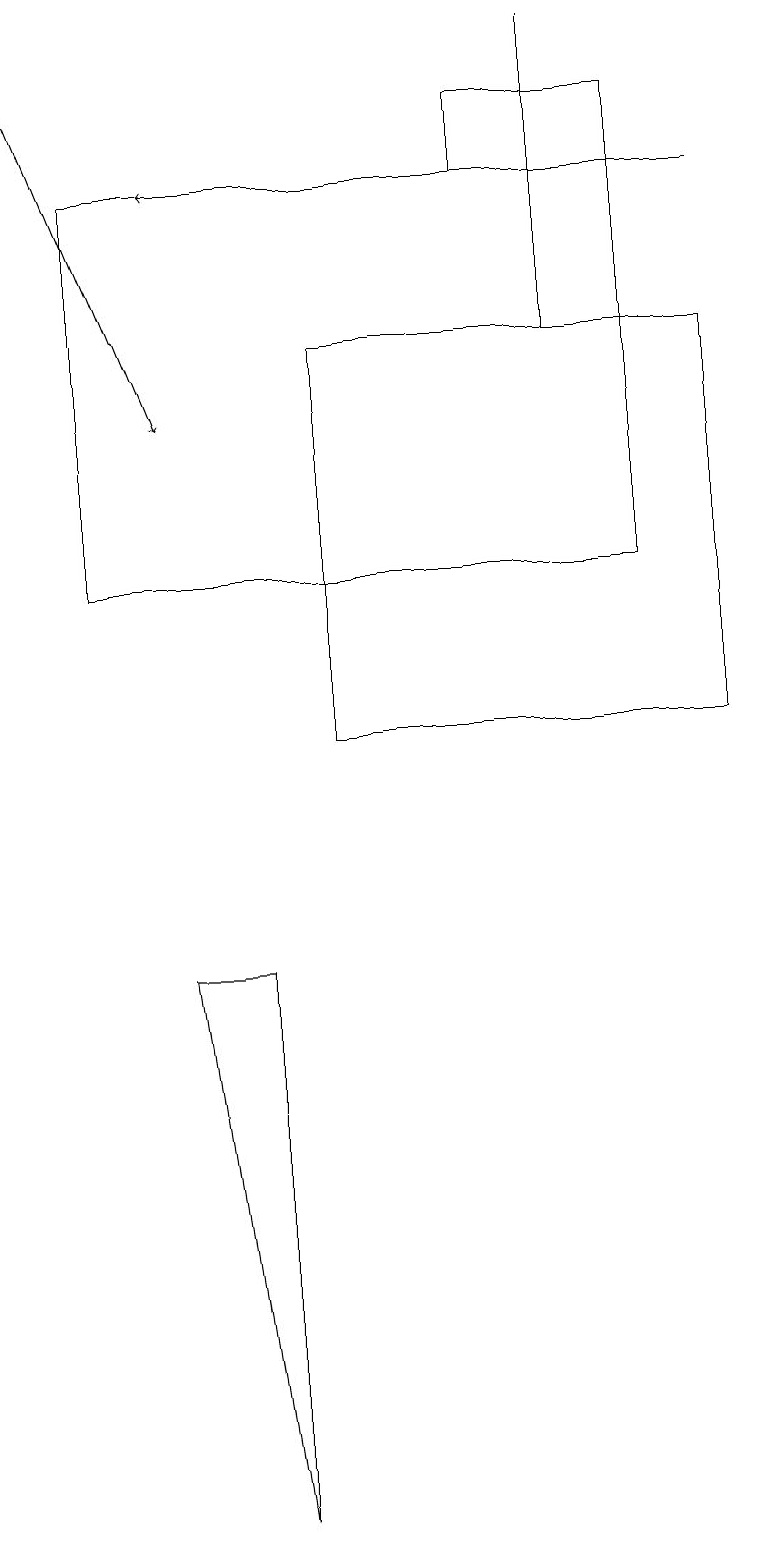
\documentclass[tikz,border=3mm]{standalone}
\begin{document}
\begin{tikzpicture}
\draw (9,10) rectangle (4,15);
\draw (7,15) rectangle (7,19);
\draw (1,12) rectangle (8,17);
\draw[->] (9,17) -- (2,17);
\draw (6,17) rectangle (8,18);
\draw (3,7) -- (2,7) -- (3,0) -- cycle;
\draw[->] (0,19) -- (2,14);
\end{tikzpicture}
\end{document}